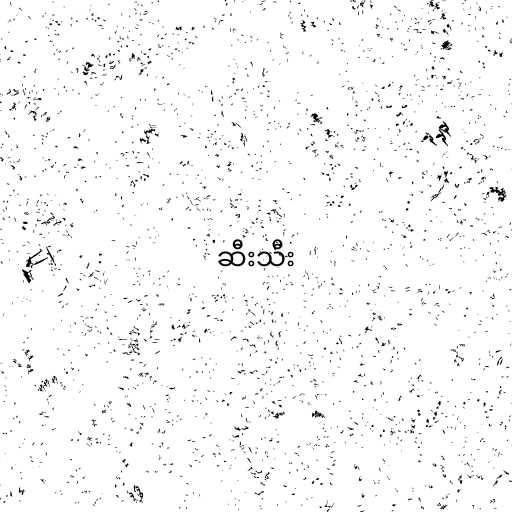
ဆီးသီး